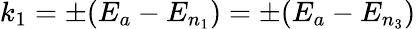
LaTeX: k_{1}=\pm(E_{a}-E_{n_{1}})=\pm(E_{a}-E_{n_{3}})